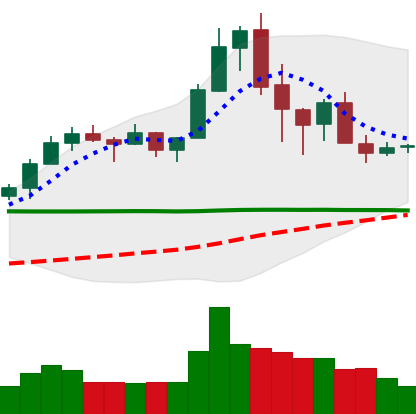
Ticker: XRP-USD
Chart end date: 2020-02-22
Forward return: -14.058%
Label: down_7plus